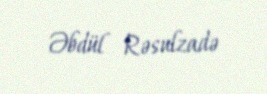
Əbdül Rəsulzadə